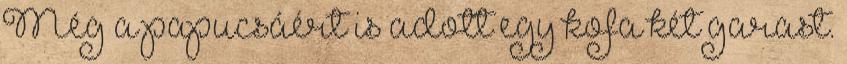
Még a papucsáért is adott egy kofa két garast.